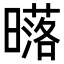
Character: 𣋛